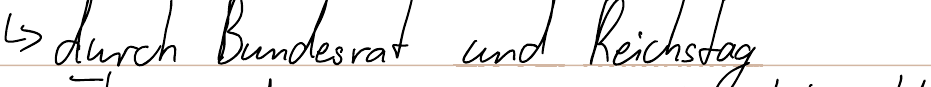
-> durch Bundesrat und Reichstag